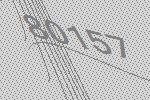
80157